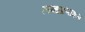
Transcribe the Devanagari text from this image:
लब्धप्रणाशम